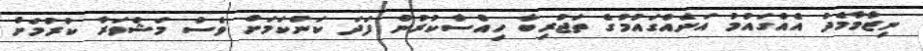
ނިޒާމާމެދު އެއްގައުމު އަނެއްގައުމުގެ ތަޖުރިބާ ހިއްސާކުރުން ފަދަ ކަންކަމަށް ވެސް މަޝްވަރާ ކުރުމަށް